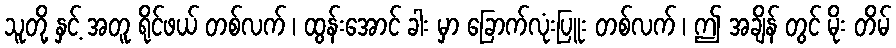
သူတို့ နှင့် အတူ ရိုင်ဖယ် တစ်လက် ၊ ထွန်းအောင် ခါး မှာ ခြောက်လုံးပြူး တစ်လက် ၊ ဤ အချိန် တွင် မိုး တိမ်